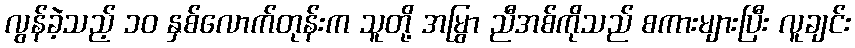
လွန်ခဲ့သည့် ၁၀ နှစ်လောက်တုန်းက သူတို့ အမြွာ ညီအစ်ကိုသည် စကားများပြီး လူချင်း